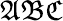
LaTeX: \mathfrak{ABC}